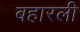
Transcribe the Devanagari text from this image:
बहारली